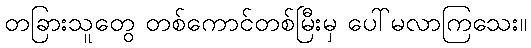
တခြားသူတွေ တစ်ကောင်တစ်မြီးမှ ပေါ်မလာကြသေး။